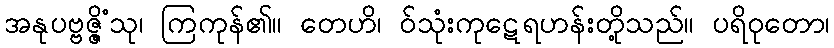
အနုပဗ္ဗဇ္ဇိံသု၊ ကြကုန်၏။ တေဟိ၊ ဝ်သုံးကုဋေရဟန်းတို့သည်။ ပရိဝုတော၊